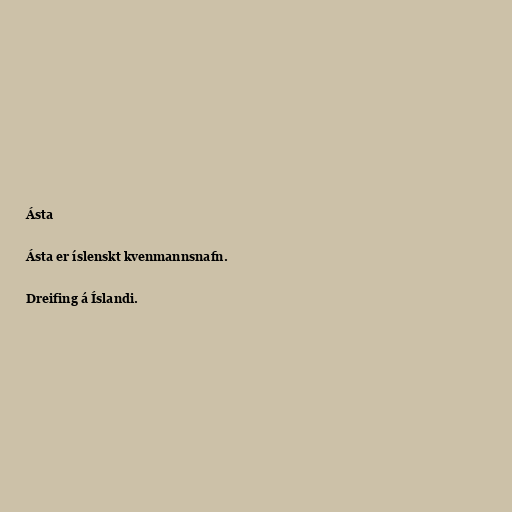
Ásta

Ásta er íslenskt kvenmannsnafn.

Dreifing á Íslandi.